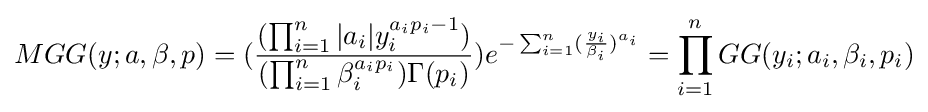
MGG(y;a,\beta ,p)=({\frac {(\prod _{i=1}^{n}|a_{i}|y_{i}^{a_{i}p_{i}-1})}{(\prod _{i=1}^{n}\beta _{i}^{a_{i}p_{i}})\Gamma (p_{i})}})e^{-\sum _{i=1}^{n}({\frac {y_{i}}{\beta _{i}}})^{a_{i}}}=\prod _{i=1}^{n}GG(y_{i};a_{i},\beta _{i},p_{i})